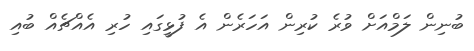
ބުނިން ލަމްއަށް ވުރެ ކުރިން އަހަރެން އެ ފުޅީގައި ހުރި އެއްޗެއް ބުއި